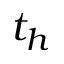
t _ { h }